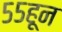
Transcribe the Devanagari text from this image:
५५हून